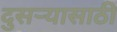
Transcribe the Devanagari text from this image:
दुसर्‍यासाठी